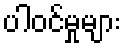
ပါဝင်မှုများ